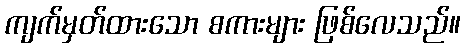
ကျက်မှတ်ထားသော စကားများ ဖြစ်လေသည်။